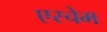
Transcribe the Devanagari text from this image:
एस्चेम